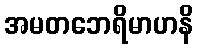
အမတဘေရိမာဟနိ